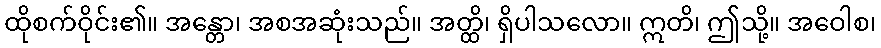
ထိုစက်ဝိုင်း၏။ အန္တော၊ အစအဆုံးသည်။ အတ္ထိ၊ ရှိပါသလော။ ဣတိ၊ ဤသို့။ အဝေါစ၊